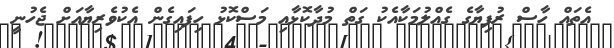
އެތައް ހާސް ރުފިޔާގެ ގެއްލުމަކާއެކު ގަތް މުދާކޮޅާއި މަސްކޮޅު ހިފައިގެން އެކުވެރިޔާއަށް ޖެހުނީ